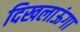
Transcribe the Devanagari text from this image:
दिखलाऊंगा